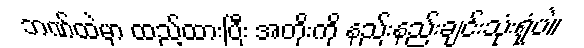
ဘဏ်ထဲမှာ ထည့်ထားပြီး အတိုးကို နည်းနည်းချင်းသုံးရုံပဲ။